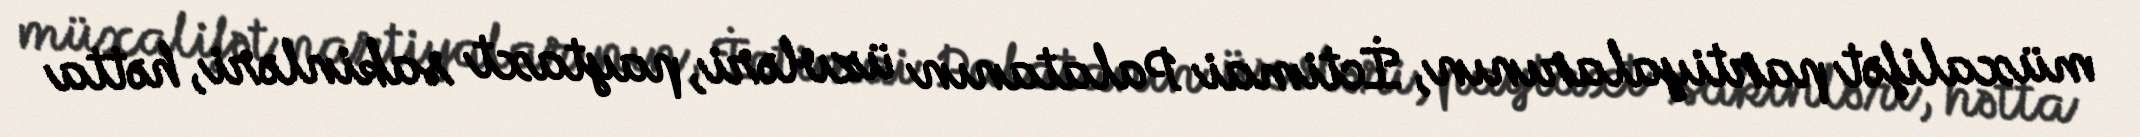
müxalifət partiyalarının, İctimai Palatanın üzvləri, paytaxt sakinləri, hətta